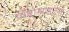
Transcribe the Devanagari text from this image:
थ्राँबोसाइट्स